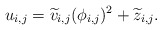
\begin{align*}u_{i,j} = \widetilde{v}_{i,j} (\phi_{i,j})^2 + \widetilde{z}_{i,j}.\end{align*}